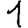
Digit: 1